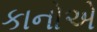
કાનોએ